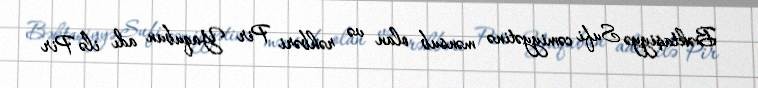
Bəktaşiyyə Sufi cəmiyyətinə mənsub olan və rəhbəri Pir Yaqubun adı ilə Pir